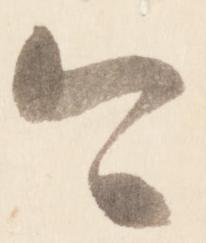
今